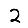
Digit: 2